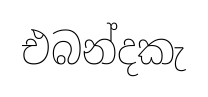
එබන්දකැ